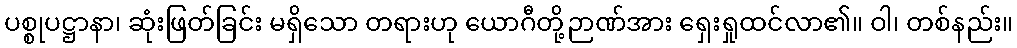
ပစ္စုပဋ္ဌာနာ၊ ဆုံးဖြတ်ခြင်း မရှိသော တရားဟု ယောဂီတို့ဉာဏ်အား ရှေးရှုထင်လာ၏။ ဝါ၊ တစ်နည်း။